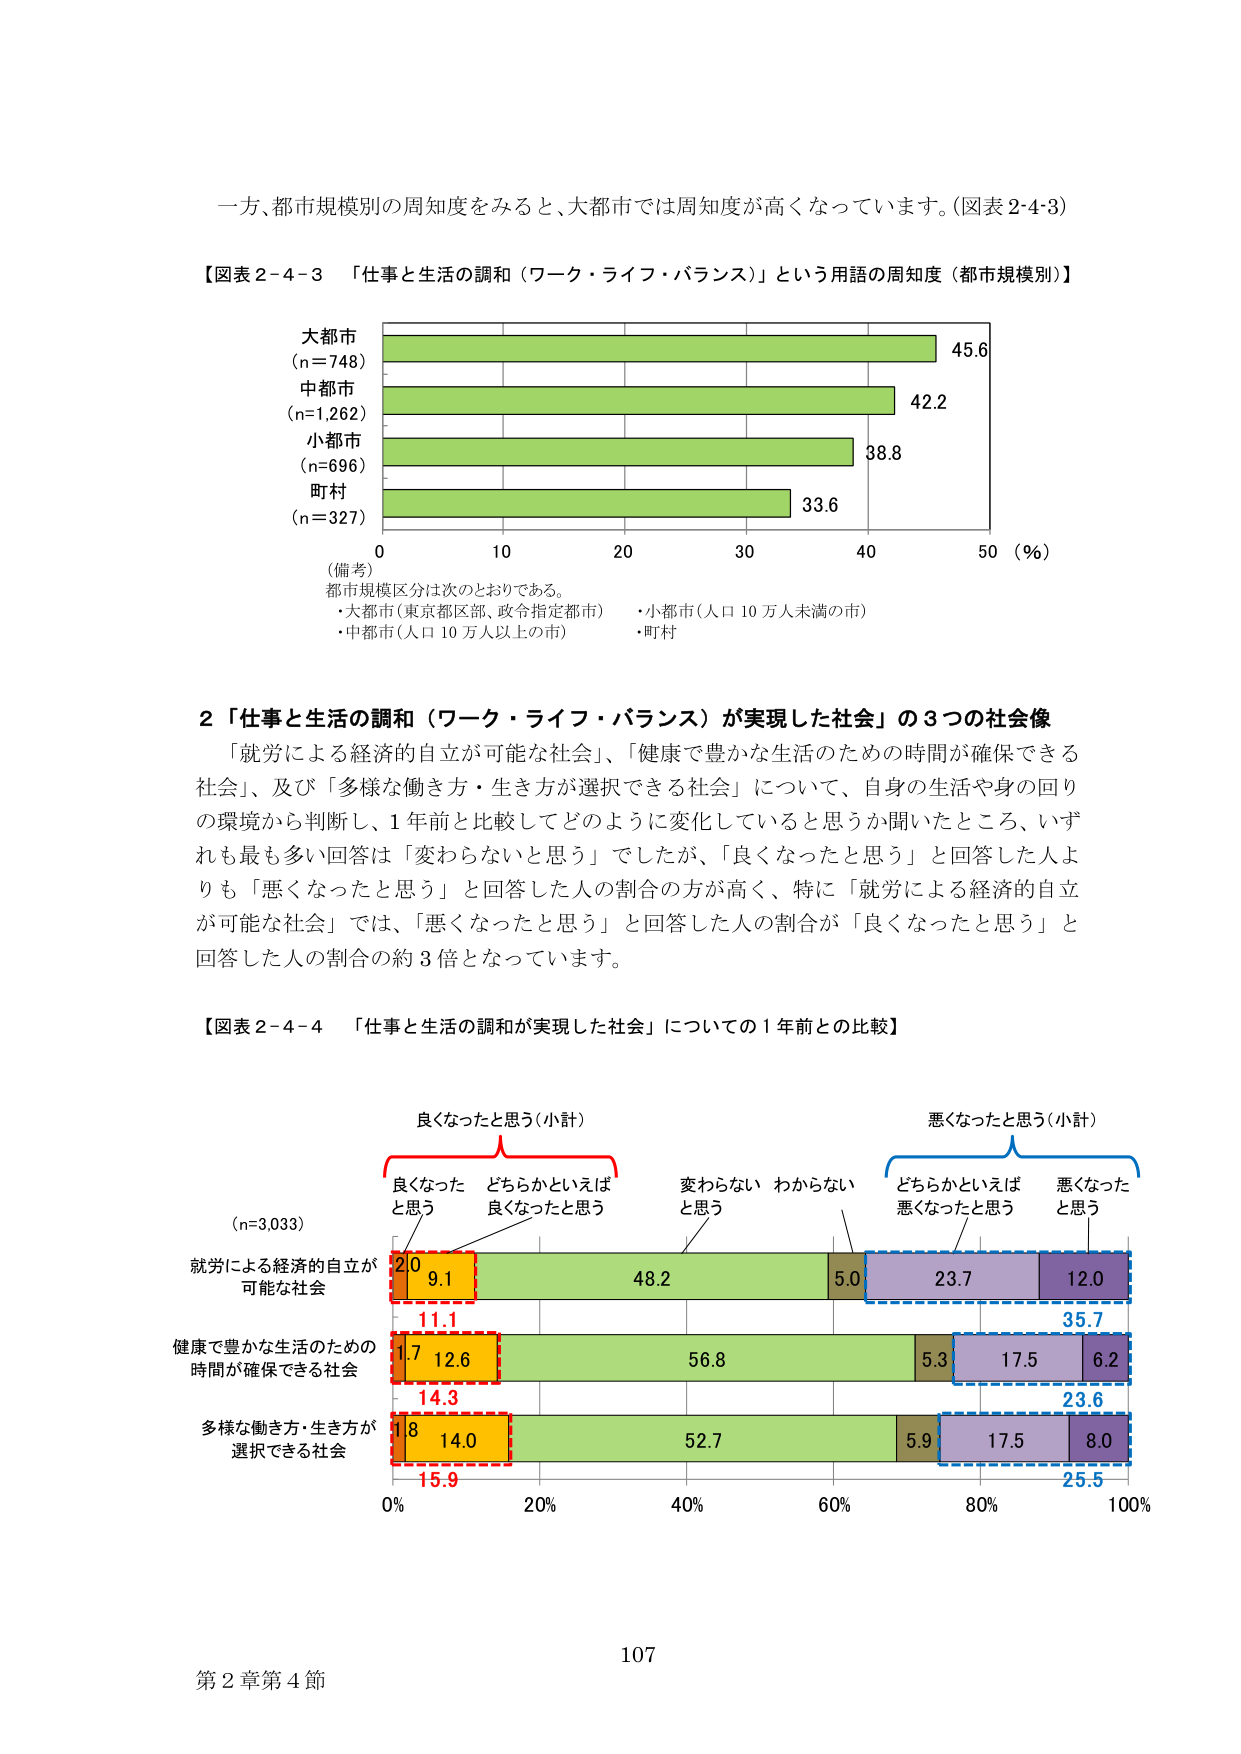
一方、都市規模別の周知度をみると、大都市では周知度が高くなっています。（図表2-4-3）

【図表2-4-3 「仕事と生活の調和（ワーク・ライフ・バランス）」という用語の周知度（都市規模別）】

大都市
(n=748) 45.6
中都市
(n=1,262) 42.2
小都市
(n=696) 38.8
町村
(n=327) 33.6
0 10 20 30 40 50 (%)

（備考）
都市規模区分は次のとおりである。
・大都市（東京都区部、政令指定都市）
・中都市（人口10万人以上の市）
・小都市（人口10万人未満の市）
・町村

2 「仕事と生活の調和（ワーク・ライフ・バランス）が実現した社会」の3つの社会像
「就労による経済的自立が可能な社会」、「健康で豊かな生活のための時間が確保できる社会」、及び「多様な働き方・生き方が選択できる社会」について、自身の生活や身の回りの環境から判断し、1年前と比較してどのように変化していると思うか聞いたところ、いずれも最も多い回答は「変わらないと思う」でしたが、「良くなったと思う」と回答した人よりも「悪くなったと思う」と回答した人の割合の方が高く、特に「就労による経済的自立が可能な社会」では、「悪くなったと思う」と回答した人の割合が「良くなったと思う」と回答した人の割合の約3倍となっています。

【図表2-4-4 「仕事と生活の調和が実現した社会」についての1年前との比較】

(n=3,033)

良くなったと思う（小計）
良くなった どちらかといえば
と思う 良くなったと思う
変わらない わからない
と思う
どちらかといえば 悪くなった
悪くなったと思う と思う

就労による経済的自立が
可能な社会 2.0 9.1 48.2 5.0 23.7 12.0
11.1 35.7
健康で豊かな生活のための
時間が確保できる社会 1.7 12.6 56.8 5.3 17.5 6.2
14.3 23.6
多様な働き方・生き方が
選択できる社会 1.8 14.0 52.7 5.9 17.5 8.0
15.9 25.5

0% 20% 40% 60% 80% 100%

第2章第4節
107